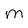
Character: m